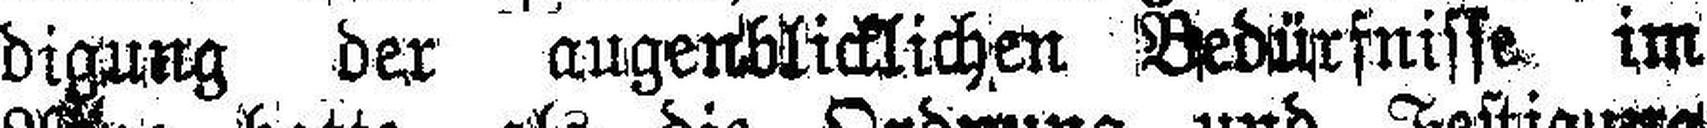
digung der augenblicklichen Bedürfnisse im